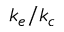
k _ { e } / k _ { c }